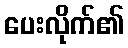
ပေးလိုက်၏